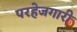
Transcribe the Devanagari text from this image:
परहेजगारी